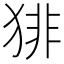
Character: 猅